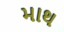
માથ